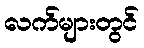
လက်များတွင်